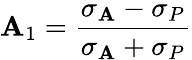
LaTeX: \mathbf{A}_{1}={\frac{{\sigma_{\mathbf{A}}-\sigma_{P}}}{{\sigma_{\mathbf{A}}+\sigma_{P}}}}